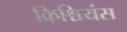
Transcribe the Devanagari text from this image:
क्रिश्चियंस